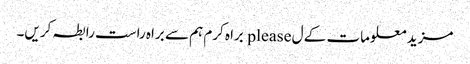
مزید معلومات کے ل please براہ کرم ہم سے براہ راست رابطہ کریں۔